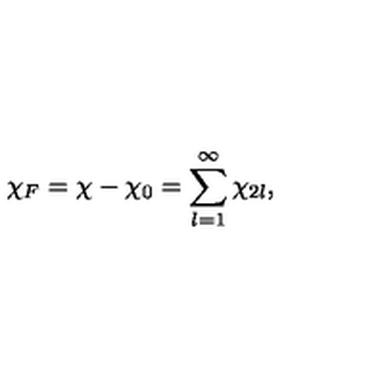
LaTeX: \chi _ { F } = \chi - \chi _ { 0 } = \sum _ { l = 1 } ^ { \infty } \chi _ { 2 l } ,